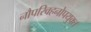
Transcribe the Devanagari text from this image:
नौपरिवहनोपयुक्त